Annual report on the Civil Veterinary Department, Burma (including the Insein Veterinary School) - 1910-1922
Year: 1910
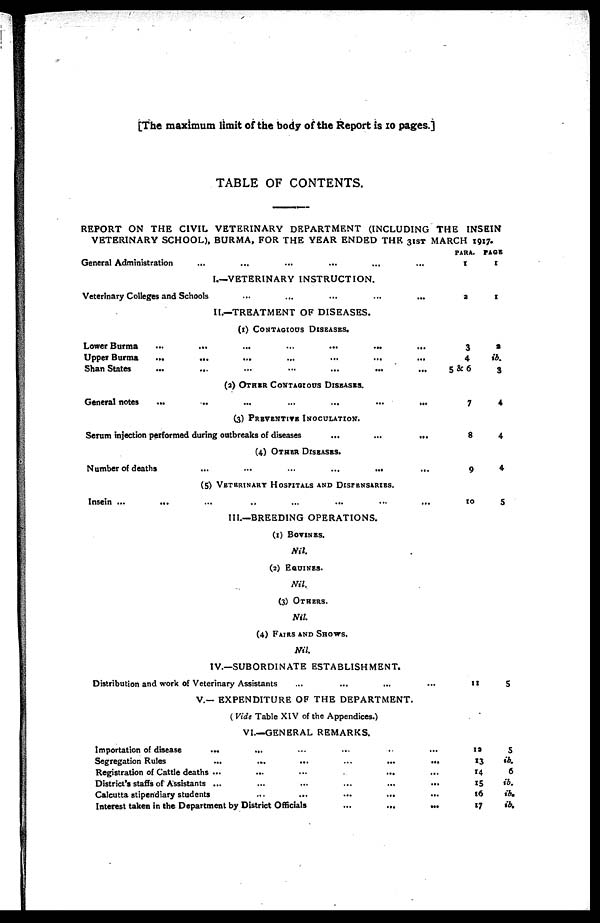
[The maximum limit of the body of the Report is 10 pages.]
TABLE OF CONTENTS.
REPORT ON THE CIVIL VETERINARY DEPARTMENT (INCLUDING THE INSEIN
VETERINARY SCHOOL), BURMA, FOR THE YEAR ENDED THE 31ST MARCH 1917.
General Administration ... ... ... ... ... ...
I.—VETERINARY INSTRUCTION.
Veterinary Colleges and Schools ... ... ... ... ... ...
11.—TREATMENT OF DISEASES.
(1) CONTAGIOUS DISEASES.
Lower Burma ... ... ... ... ... ... ...
Upper Burma ... ... ... ... ... ... ...
Shan States ... ... ... ... ... ... ...
(2) OTHER CONTAGIOUS DISEASES.
General notes ... ... ... ... ... ...
(3) PREVENTIVE INOCULATION.
Serum injection performed during outbreaks of diseases ... ... ... ...
(4) OTHER DISEASES.
Number of deaths
...
...
...
...
...
(5) VETERINARY HOSPITALS AND DISPENSARIES.
Insein ...
... ... ... ... ...
...
...
...
...
...
...
...
...
...
PARA.
1
2
3
4
5&6
7
8
9
10
PAGE
1
1
9
ib.
3
4
4
4
5
III.—BREEDING OPERATIONS.
(1) BOVINES.
Nil.
(2) EQUINES.
Nil.
(3) OTHERS.
Nil.
(4) FAIRS AND SHOWS.
Nil.
IV.—SUBORDINATE ESTABLISHMENT.
Distribution and work of Veterinary Assistants ... ... ... ... ...
V.— EXPENDITURE OF THE DEPARTMENT.
(Vide Table XIV of the Appendices.)
VI.—GENERAL REMARKS.
Importation of disease ... ... ... ... ... ...
Segregation Rules
...
...
...
...
...
...
Registration of Cattle deaths ... ... ... ... ...
District's staffs of Assistants ...
...
...
...
...
Calcutta stipendiary students ... ... ... ... ...
Interest taken in the Department by District Officials
...
...
...
11
12
13
14
15
t6
17
5
5
ib.
6
ib.
ib.
ib.